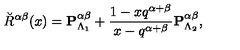
\breve { R } ^ { \alpha \beta } ( x ) = { \bf P } _ { \Lambda _ { 1 } } ^ { \alpha \beta } + \frac { 1 - x q ^ { \alpha + \beta } } { x - q ^ { \alpha + \beta } } { \bf P } _ { \Lambda _ { 2 } } ^ { \alpha \beta } ,